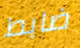
ضابط